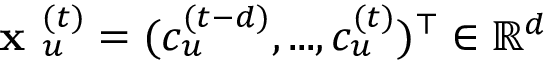
\textbf { x } _ { u } ^ { ( t ) } = ( c _ { u } ^ { ( t - d ) } , . . . , c _ { u } ^ { ( t ) } ) ^ { \top } \in \mathbb { R } ^ { d }